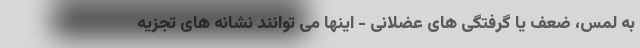
به لمس، ضعف یا گرفتگی های عضلانی - اینها می توانند نشانه های تجزیه